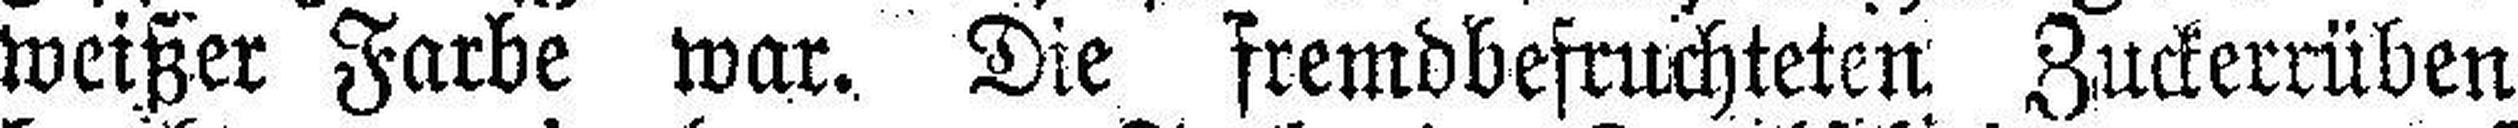
weißer Farbe war. Die fremdbefruchteten Zuckerrüben